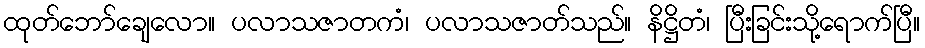
ထုတ်ဘော်ချေလော။ ပလာသဇာတကံ၊ ပလာသဇာတ်သည်။ နိဋ္ဌိတံ၊ ပြီးခြင်းသို့ရောက်ပြီ။